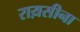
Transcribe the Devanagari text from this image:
राय़सीना